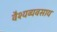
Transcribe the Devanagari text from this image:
वैश्यव्यवसाय